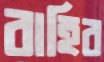
বাহিব